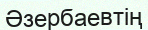
Әзербаевтің